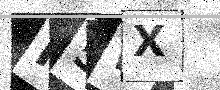
Text: F5WX